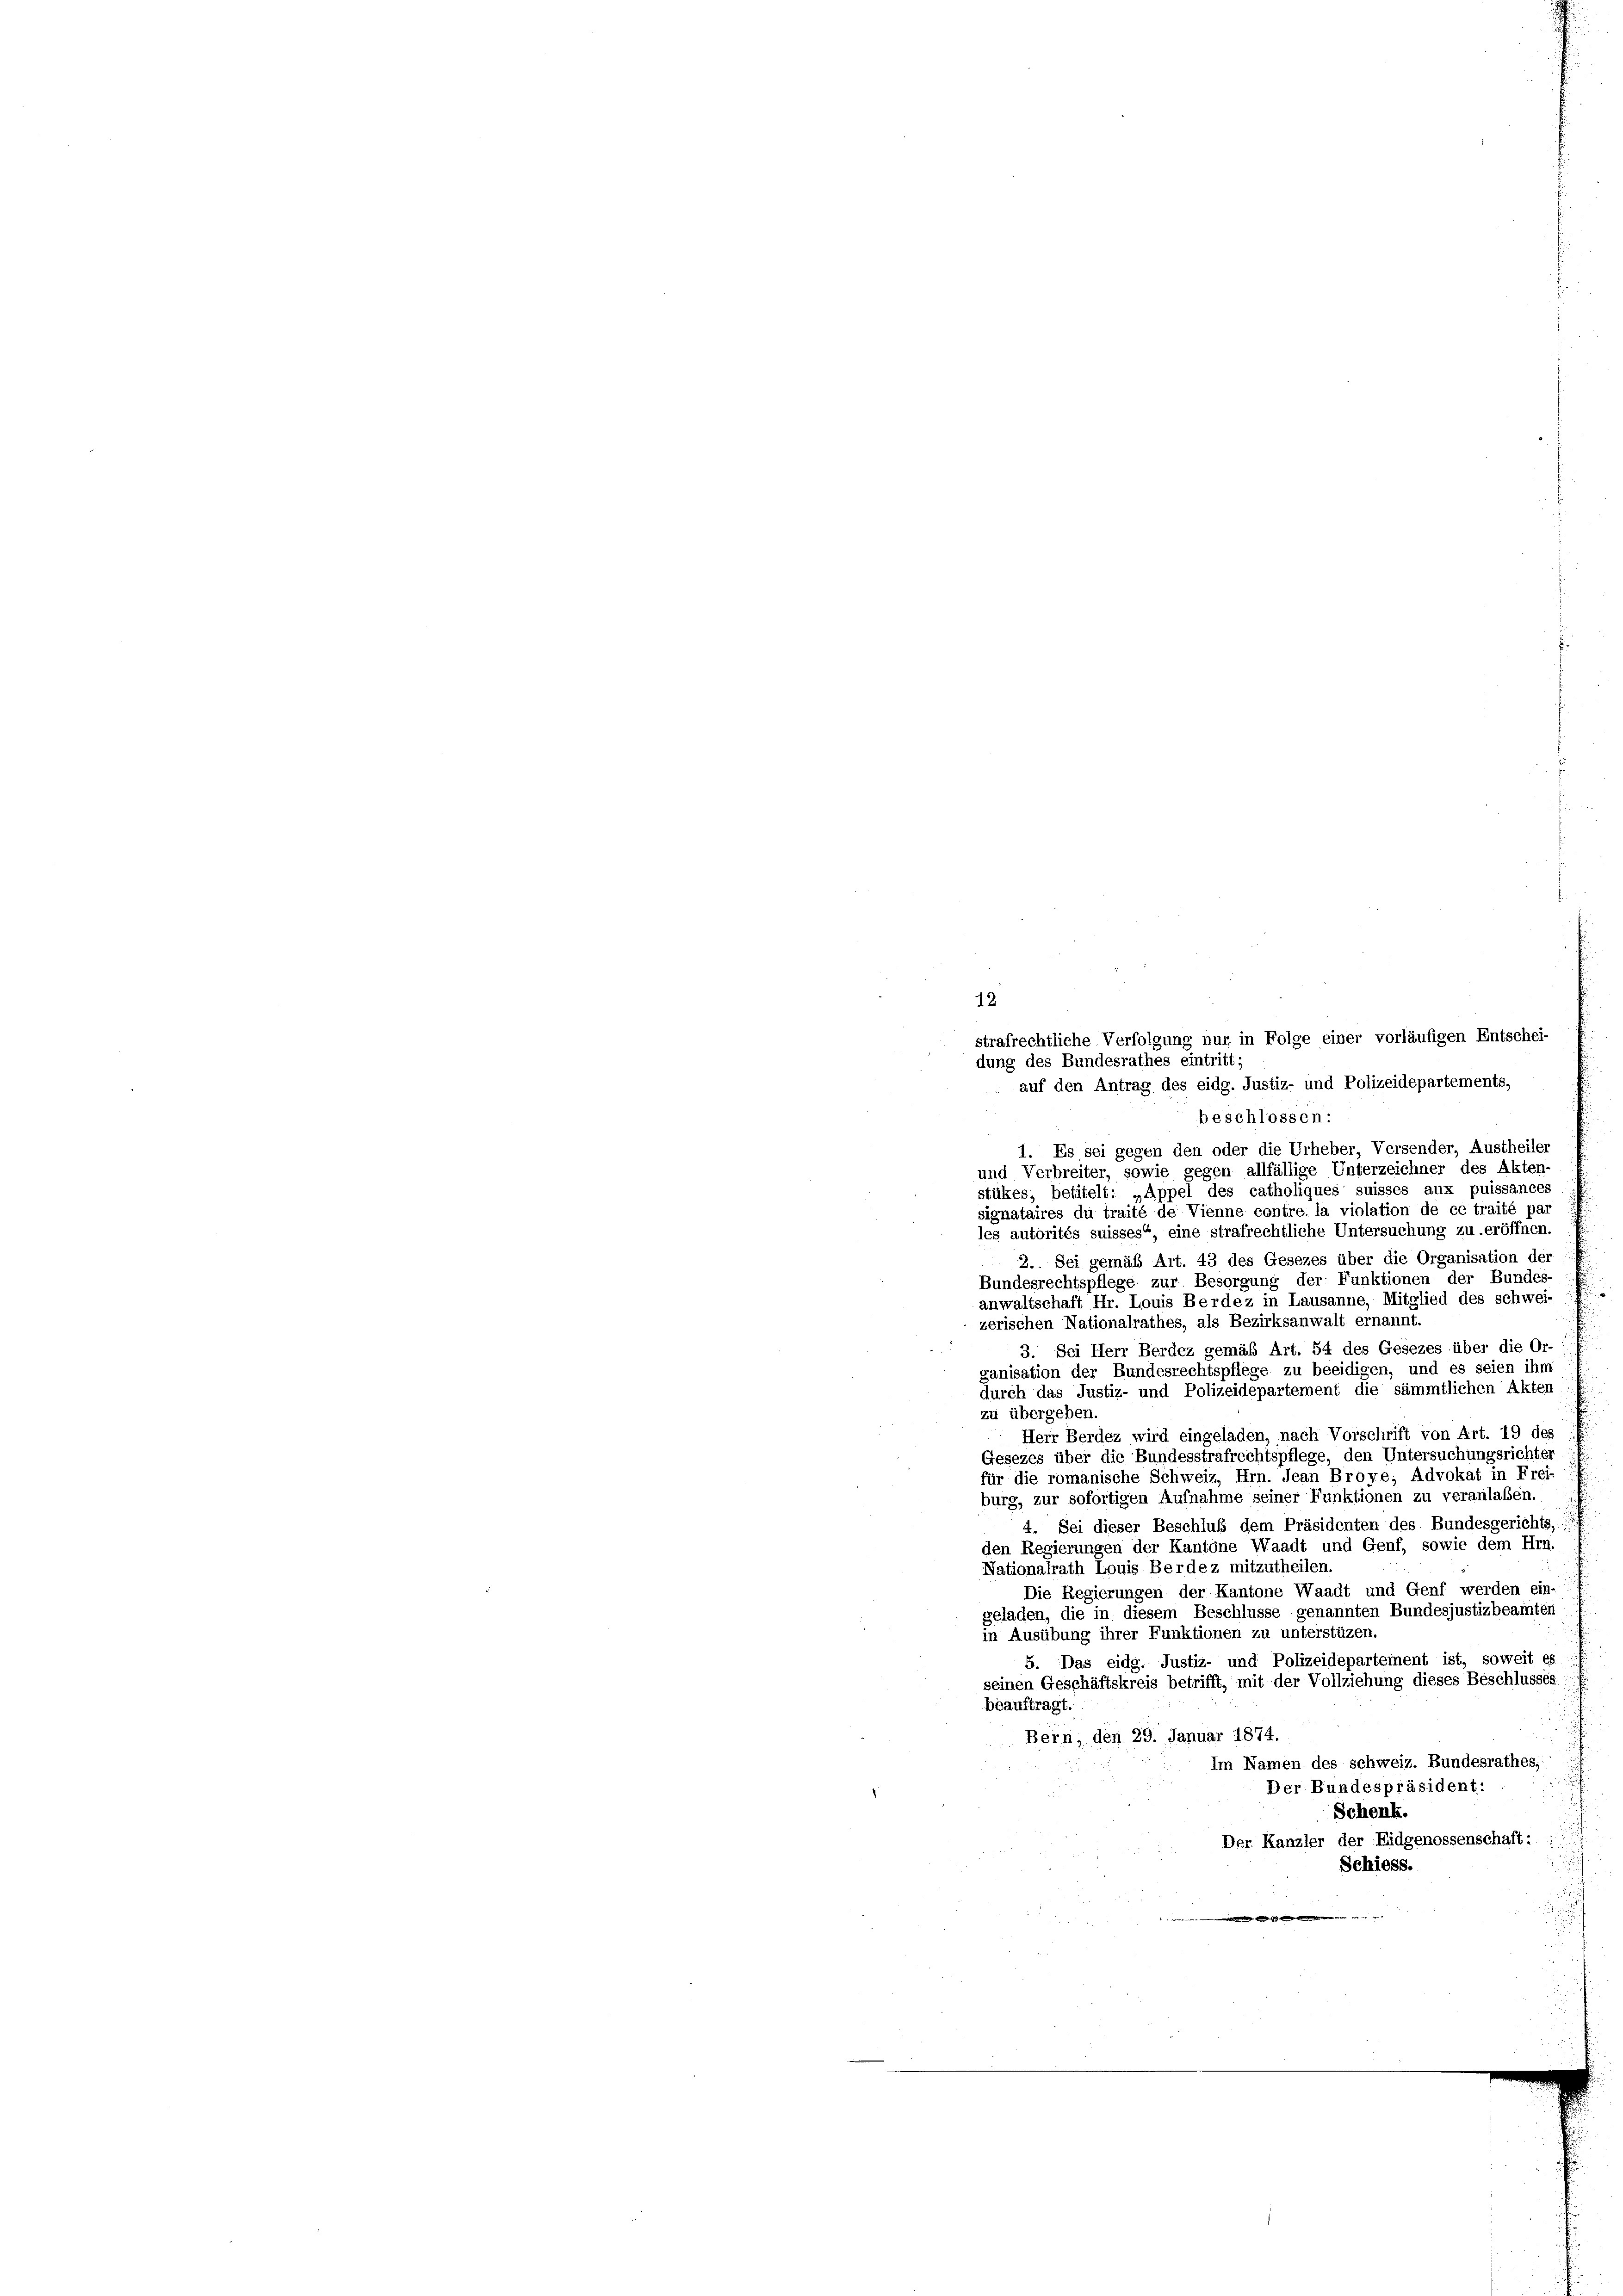
strafrechtliche Verfolgung nur in Folge einer vorläufigen Entschei-
auf den Antrag des eidg. Justiz- und Polizeidepartements,
beschlossen:
1. Es sei gegen den oder die Urheber, Versender, Austheiler
und Verbreiter, sowie gegen allfällige Unterzeichner des Akten-
stükes, betitelt: „Appel des catholiques suisses aux puissances
signataires du traité de Vienne contre la violation de ce traité pa-
les autorités suisses“, eine strafrechtliche Untersuchung zu eröffnen
2.. Sei gemäß Art. 43 des Gesezes über die Organisation der
Bundesrechtspflege zur Besorgung der Funktionen der Bundes-
anwaltschaft Hr. Louis Berdez in Lausanne, Mitglied des schwei-
zerischen Nationalrathes, als Bezirksanwalt ernannt.
3. Sei Herr Berdez gemäß Art. 54 des Gesezes über die Or-
ganisation der Bundesrechtspflege zu beeidigen, und es seien ihm
durch das Justiz- und Polizeidepartement die sämmtlichen Akten
zu übergeben
Herr Berdez wird eingeladen, nach Vorschrift von Art. 19 der
Gesezes über die Bundesstrafrechtspflege, den Untersuchungsrichter
für die romanische Schweiz, Hrn. Jean Broye, Advokat in Frei-
burg, zur sofortigen Aufnahme seiner Funktionen zu veranlaßen.
4. Sei dieser Beschluß dem Präsidenten des Bundesgerichts,
den Regierungen der Kantone Waadt und Genf, sowie dem Hrn.
Nationalrath Louis Berdez mitzutheilen.
Die Regierungen der Kantone Waadt und Genf werden ein-
geladen, die in diesem Beschlüsse genannten Bundesjustizbeamten
in Ausübung ihrer Funktionen zu unterstüzen.
5. Das eidg. Justiz- und Polizeideparteinent ist, soweit es
seinen Geschäftskreis betrifft, mit der Vollziehung dieses Beschlusses.
beauftragt.
Bein, den 29. Januar 1874.
Im Namen des schweiz. Bundesrathes;
Der Bundespräsident:
Schenk.
Der Kanzler der Eidgenossenschaft:
Schiess.

12.
dung des Bundesrathes eintritt;